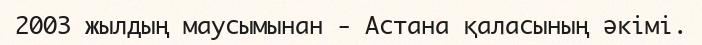
2003 жылдың маусымынан - Астана қаласының әкімі.